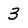
Character: 3